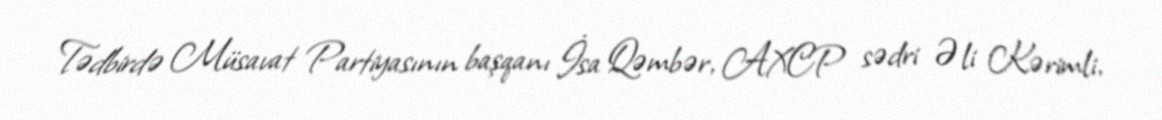
Tədbirdə Müsavat Partiyasının başqanı İsa Qəmbər, AXCP sədri Əli Kərimli,